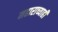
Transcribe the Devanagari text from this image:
महाराच्याही